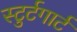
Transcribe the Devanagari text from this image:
स्टुर्टगार्ट